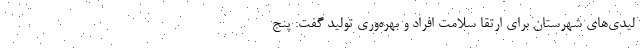
لیدی‌های شهرستان برای ارتقا سلامت افراد و بهره‌وری تولید گفت: پنج